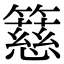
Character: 𥴺